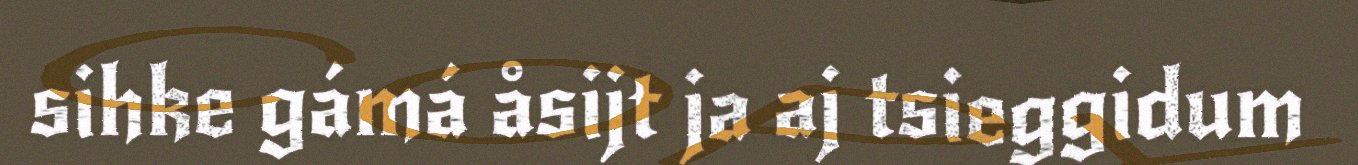
sihke gámá åsijt ja aj tsieggidum